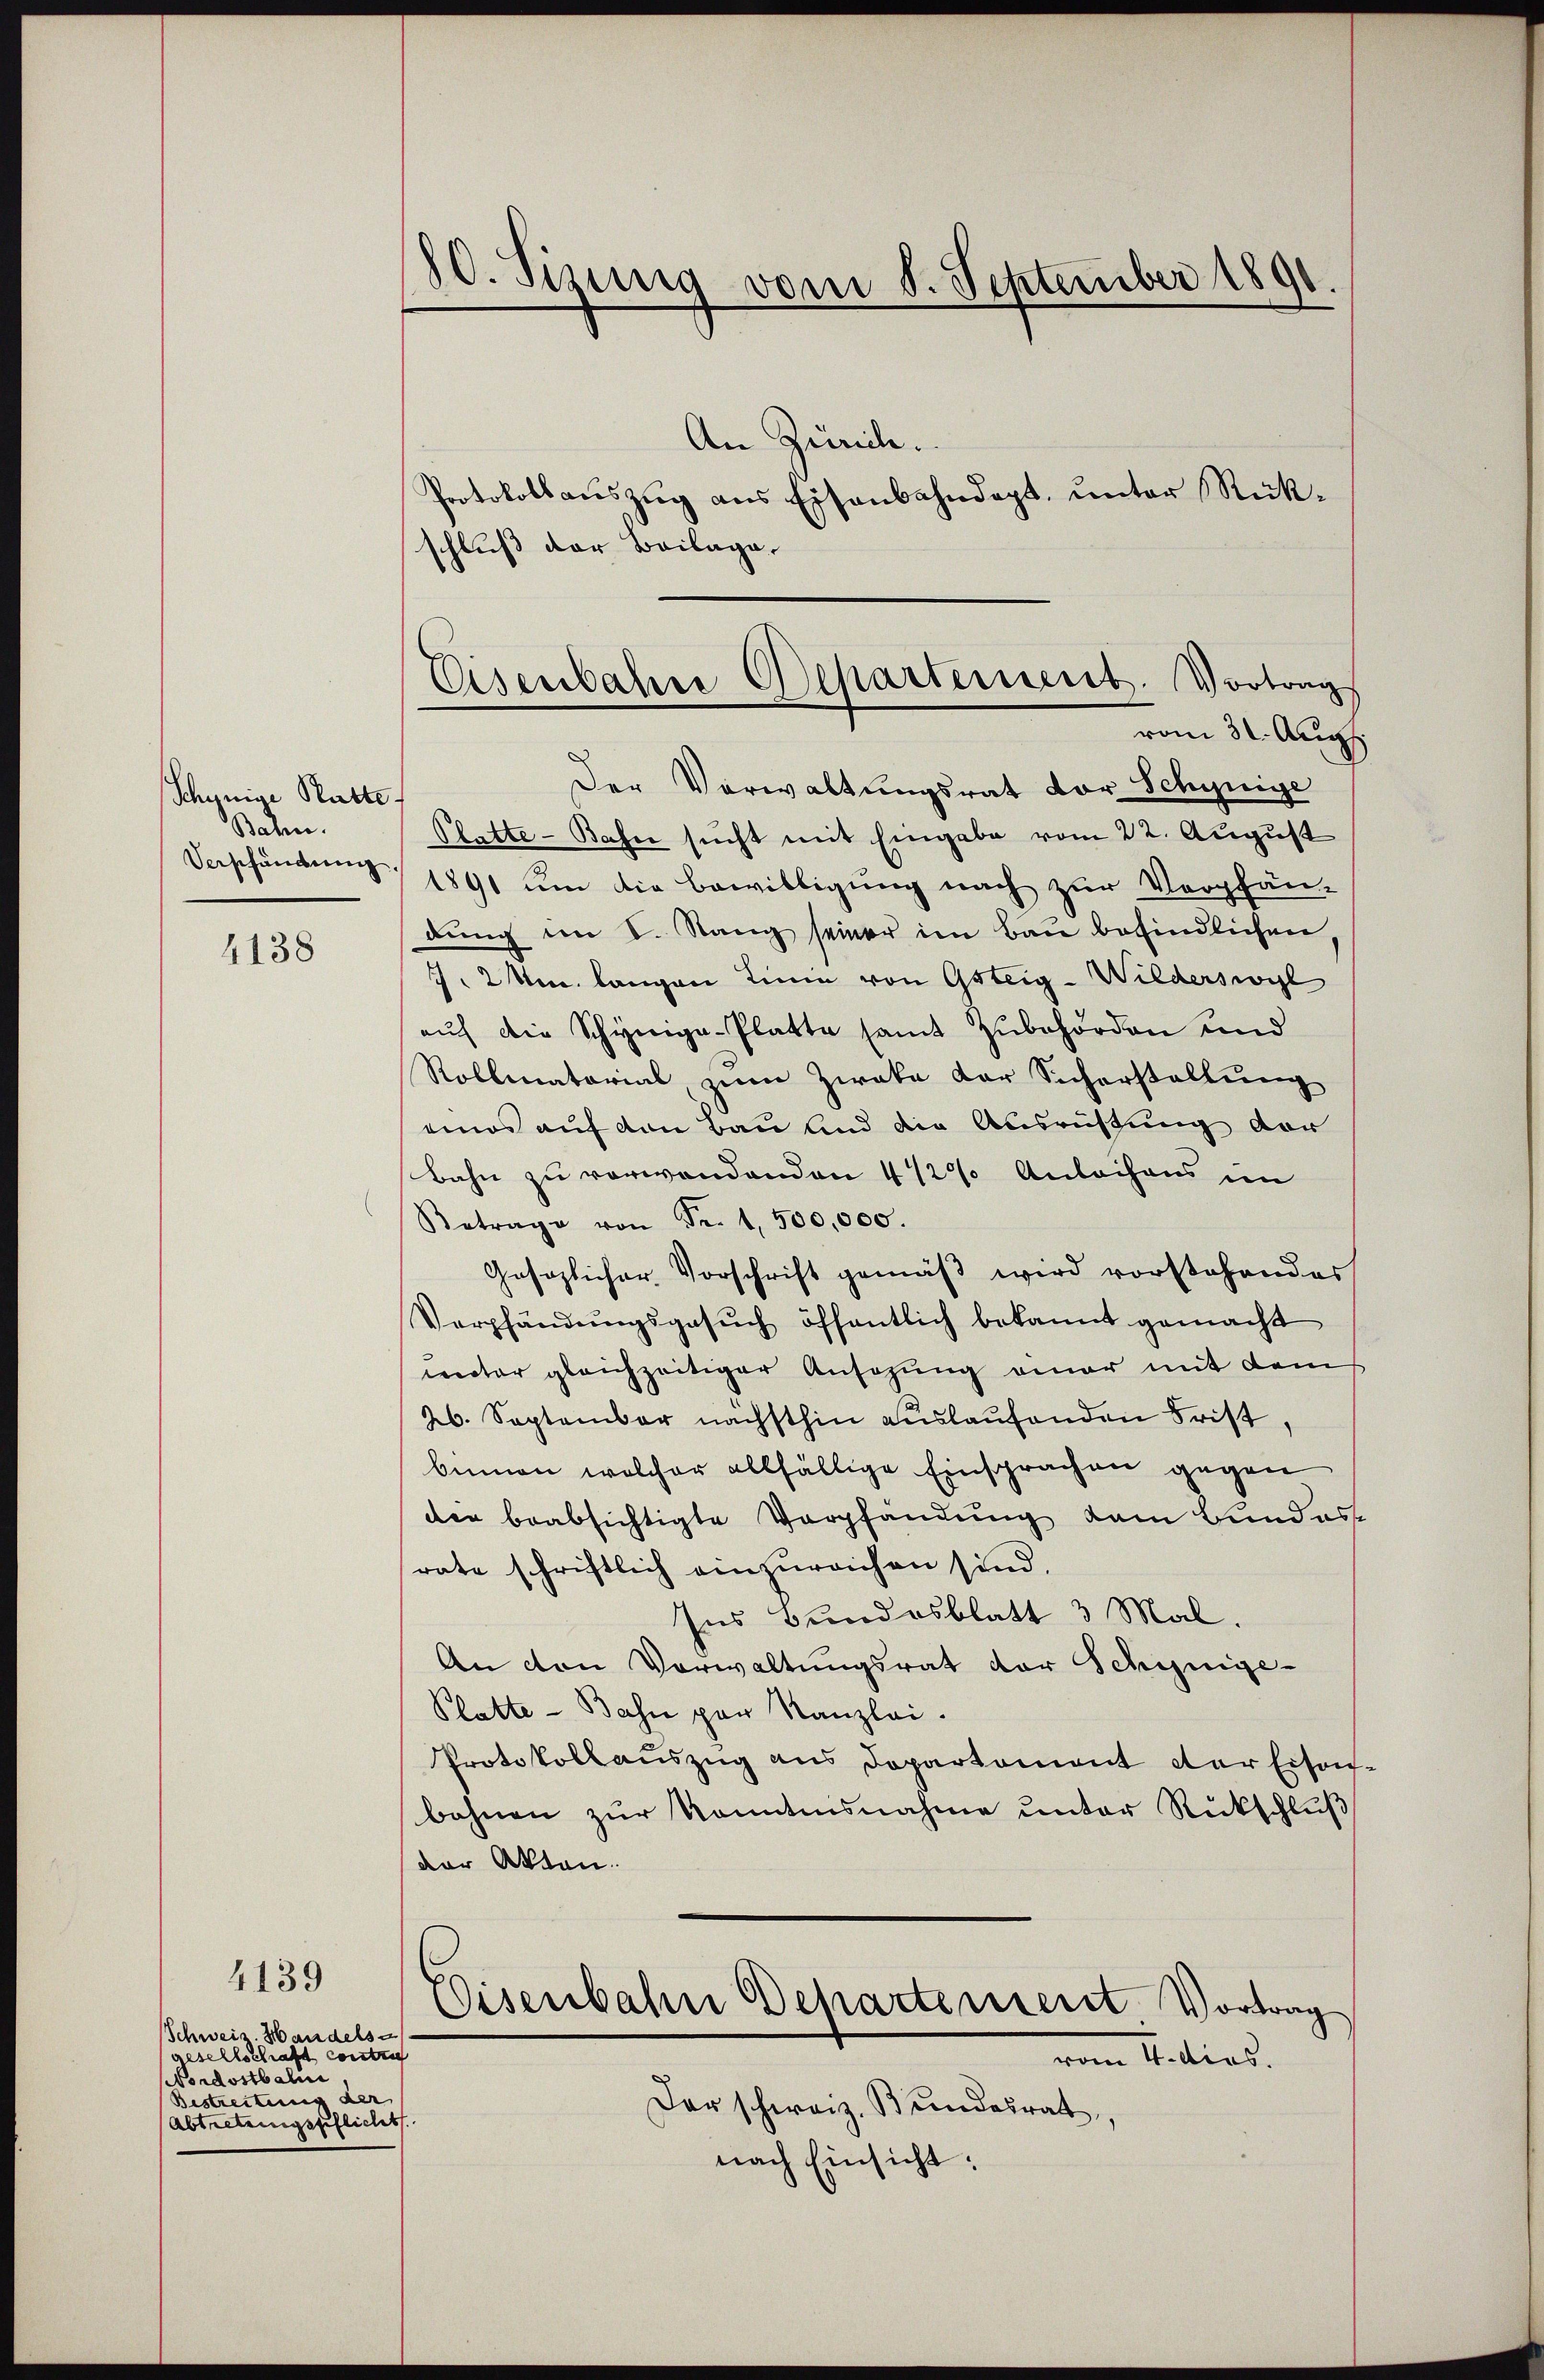
Schynige Statte
Bahn.
Verpfändung

4138

4139

Schweis. Handelsa
esellschaft constru
NNordostbali
Bestreiten der
Abtretungspflicht

80. Sizung vom 8. September 1891.

Eisenbahre Departement. Vortrag
vom 31. Aug.

An Zürich.
Protokollaŭszŭg ans Eisenbahndept, ŭnter Rück-
schluß der Beilage
Der Verwaltungsrat vor Schynige
Platte - Bahn sucht mit Eingabe vom 22. August
1891 um die Bewilligung nach zur Verpfän-
dung im V. Stang seiner im Bau befindlichen
2 Um langen Linie von Gsteig-Wilderswyl
aŭf die Schyniga-Platte samt Zubehörden und
Rollmatorial zum Zweke der Sicherstellung
eines auf den Bau und die Ausrüstung der
Bahn zu verwandenden 4 1/2% Anleihens im
Betrage von Fr. 1,500,000.
Gesezlicher Vorschrift gemäß wird vorstehendes
Verpfändŭngsgesŭch öffentlich bekannt gemacht
rector gleichzeitiger Ansagung einer mit dem
26. September nächsthin aŭslaŭfenden Frist,
binnen welcher allfällige Einsprachen gegen
der beabsichtigte Verpfandung dem Bundesse
rate schriftlich einzureichen sind.
Ins Bundesblatt 3 Mal.
An den Vorwaltungsrat der Schynige-
Platte - Bahn par Kanzlei.
Protokollanszŭg ans Dopartament der Eisen-
bahnen zur Kenntnisnahme unter Rückschluß
der Akten.
Disenbahne Departenseret. Vortrag
vom 4. dies.
Der schweiz. Bundesrat
nach Einsicht: